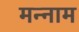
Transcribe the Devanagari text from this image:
मन्नाम